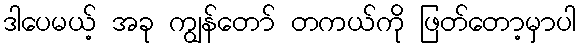
ဒါပေမယ့် အခု ကျွန်တော် တကယ်ကို ဖြတ်တော့မှာပါ